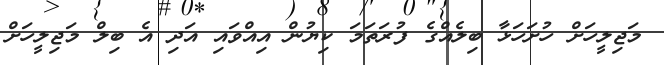
މަޖިލީހަށް ހުށަހަޅާ ބިލެއްގެ ފުރަތަމަ ކިޔުން އިއްވައި އަދި އެ ބިލް މަޖިލީހަށް